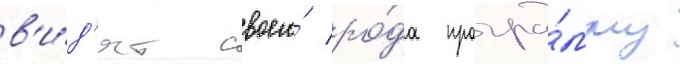
в'и́д'ят своего́ ро́да програ́мму